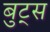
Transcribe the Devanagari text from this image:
बुट्स